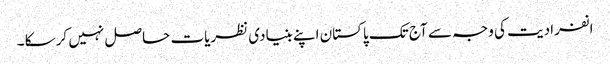
انفرادیت کی وجہ سے آج تک پاکستان اپنے بنیادی نظریات حاصل نہیں کرسکا ۔